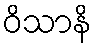
ဝိသာနိ